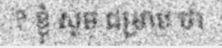
? ខ្ញុំ សូម ជម្រាប ថា